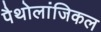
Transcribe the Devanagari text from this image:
पैथोलांजिकल